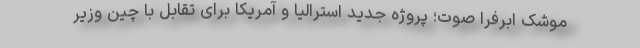
موشک ابرفرا صوت؛ پروژه جدید استرالیا و آمریکا برای تقابل با چین وزیر